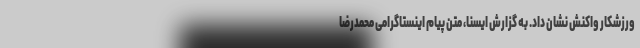
ورزشکار واکنش نشان داد. به گزارش ایسنا، متن پیام اینستاگرامی محمدرضا